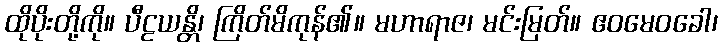
ထိုပိုးတို့ကို။ ပီဠယန္တိ၊ ကြိတ်မိကုန်၏။ မဟာရာဇ၊ မင်းမြတ်။ ဧဝမေဝခေါ၊